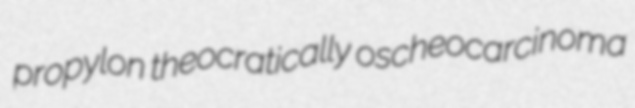
propylon theocratically oscheocarcinoma